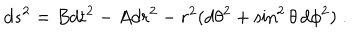
d s ^ { 2 } = B d t ^ { 2 } - A d r ^ { 2 } - r ^ { 2 } ( d \theta ^ { 2 } + \sin ^ { 2 } \theta \, d \phi ^ { 2 } ) \ .